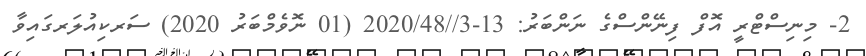
2- މިނިސްޓްރީ އޮފް ފިނޭންސްގެ ނަންބަރު: 13-3//2020/48 (01 ނޮވެމްބަރު 2020) ސަރކިއުލަރގައިވާ